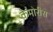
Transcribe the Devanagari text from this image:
केमोरीस